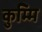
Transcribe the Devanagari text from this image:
कुम्मि